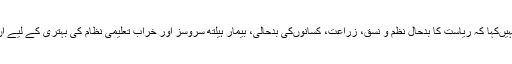
کسی بھی لیڈر نے یہ نہیںکہا کہ ریاست کا بدحال نظم و نسق، زراعت، کسانوںکی بدحالی، بیمار ہیلتھ سروسز اور خراب تعلیمی نظام کی بہتری کے لیے ان کے پاس حل کیا ہے۔